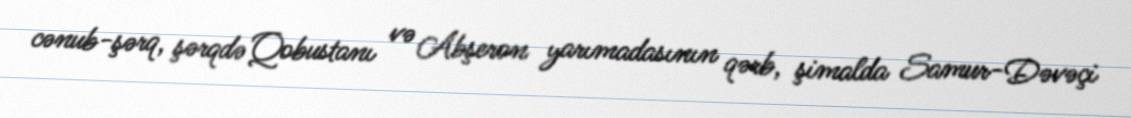
cənub-şərq, şərqdə Qobustanı və Abşeron yarımadasının qərb, şimalda Samur-Dəvəçi